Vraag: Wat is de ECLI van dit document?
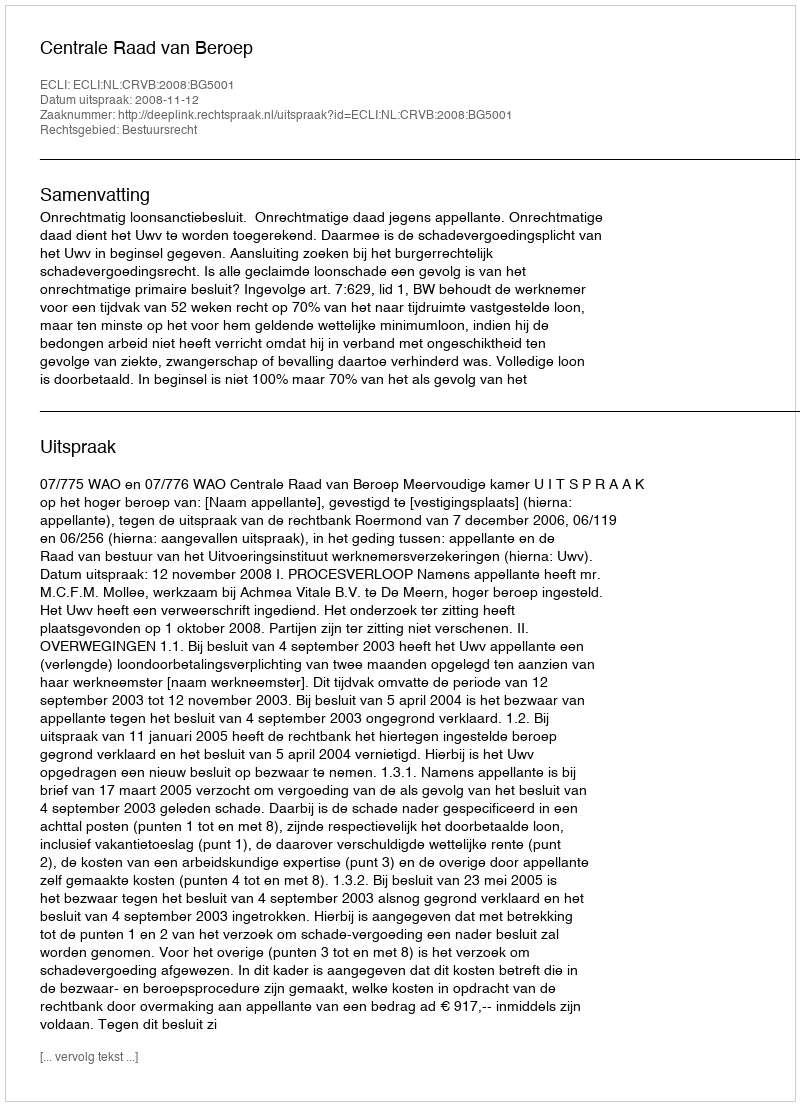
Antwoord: ECLI:NL:CRVB:2008:BG5001